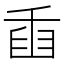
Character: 𦥫